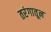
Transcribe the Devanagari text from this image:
तरंगातून